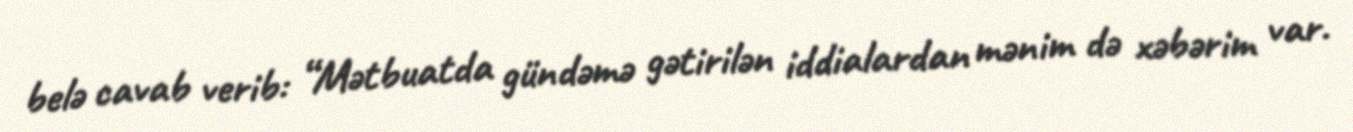
belə cavab verib: “Mətbuatda gündəmə gətirilən iddialardan mənim də xəbərim var.